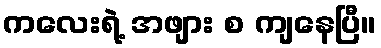
ကလေးရဲ့ အဖျား စ ကျနေပြီ။